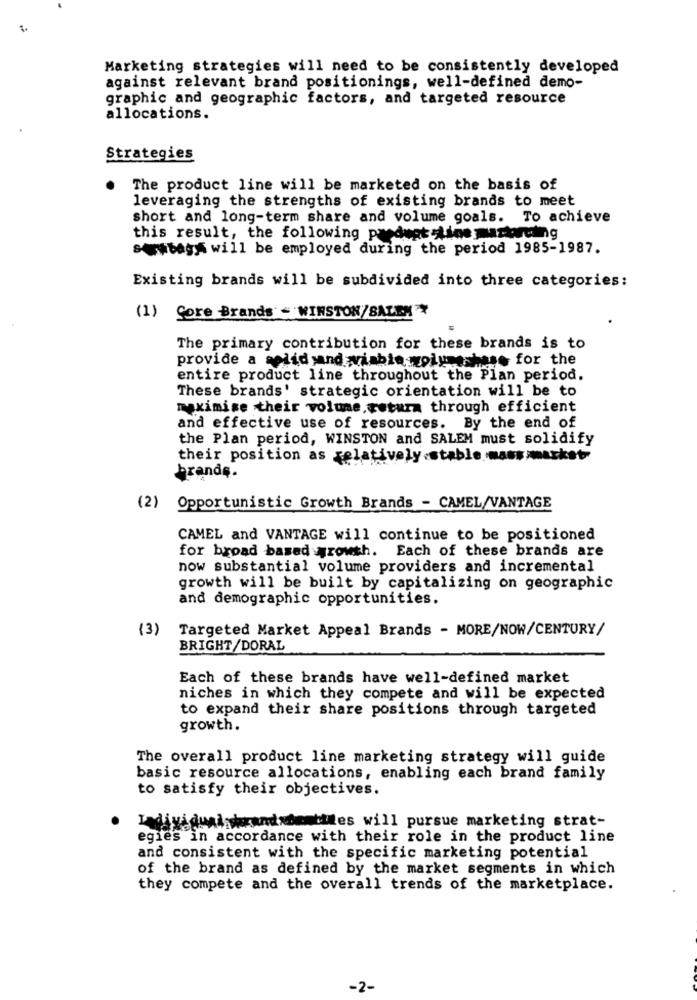
Marketing strategies will need to be consistently developed
against relevant brand positionings, well-defined demo-
graphic and geographic factors, and targeted resource
allocations.
Strategies
The product line will be marketed on the basis of
leveraging the strengths of existing brands to meet
short and long-term share and volume goals. To achieve
this result, the following pasdugt Line masturwing
swbagf will be employed during the period 1985-1987.
Existing brands will be subdivided into three categories:
(1) Core Brands - WINSTON/BALEN
The primary contribution for these brands is to
provide a solid sand wishto olum chase for the
entire product line throughout the Plan period.
These brands' strategic orientation will be to
maximise their volume, retura through efficient
and effective use of resources. By the end of
the Plan period, WINSTON and SALEM must solidify
their position as relatively.stable. mass market-
brands.
(2)
Opportunistic Growth Brands - CAMEL/VANTAGE
CAMEL and VANTAGE will continue to be positioned
for broad based growth. Each of these brands are
now substantial volume providers and incremental
growth will be built by capitalizing on geographic
and demographic opportunities.
(3)
Targeted Market Appeal Brands - MORE/NOW/CENTURY/
BRIGHT/DORAL
Each of these brands have well-defined market
niches in which they compete and will be expected
to expand their share positions through targeted
growth.
The overall product line marketing strategy will guide
basic resource allocations, enabling each brand family
to satisfy their objectives.
Individ
wishrandsdentales will pursue marketing strat-
egies in accordance with their role in the product line
and consistent with the specific marketing potential
of the brand as defined by the market segments in which
they compete and the overall trends of the marketplace.
-2-